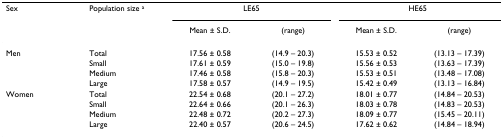
| Sex | Population size a | <COLSPAN=2> LE65 | <COLSPAN=2> HE65 |
 |  |  | Mean ± S.D. | (range) | Mean ± S.D. | (range) |
 | --- | --- | --- | --- | --- | --- |
 | Men | Total | 17.56 ± 0.58 | (14.9 – 20.3) | 15.53 ± 0.52 | (13.13 – 17.39) |
 |  | Small | 17.61 ± 0.59 | (15.0 – 19.8) | 15.56 ± 0.53 | (13.63 – 17.39) |
 |  | Medium | 17.46 ± 0.58 | (15.8 – 20.3) | 15.53 ± 0.51 | (13.48 – 17.08) |
 |  | Large | 17.58 ± 0.57 | (14.9 – 19.5) | 15.42 ± 0.49 | (13.13 – 16.84) |
 | Women | Total | 22.54 ± 0.68 | (20.1 – 27.2) | 18.01 ± 0.77 | (14.84 – 20.53) |
 |  | Small | 22.64 ± 0.66 | (20.1 – 26.3) | 18.03 ± 0.78 | (14.83 – 20.53) |
 |  | Medium | 22.48 ± 0.72 | (20.2 – 27.3) | 18.09 ± 0.77 | (15.45 – 20.11) |
 |  | Large | 22.40 ± 0.57 | (20.6 – 24.5) | 17.62 ± 0.62 | (14.84 – 18.94) |